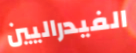
الفيدراليين